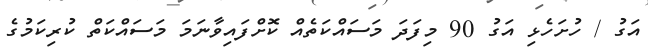
އަގު / ހުށަހެޅި އަގު 90 މިފަދަ މަސައްކަތެއް ކޮށްފައިވާނަމަ މަސައްކަތް ކުރިކަމުގެ